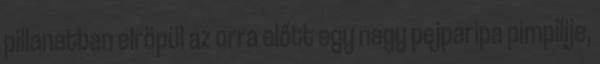
pillanatban elröpül az orra előtt egy nagy pejparipa pimpilije,